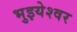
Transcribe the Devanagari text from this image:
भुइयेश्वर